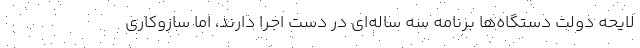
لایحه دولت دستگاه‌ها برنامه سه ساله‌ای در دست اجرا دارند، اما سازوکاری